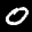
Label: 0